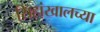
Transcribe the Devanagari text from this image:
सिंहांखालच्या